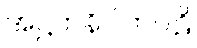
အဋ္ဌကနိပါတပါဠိ